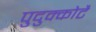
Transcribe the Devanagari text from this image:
पुदुक्कोटै